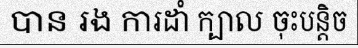
បាន រង ការដាំ ក្បាល ចុះបន្តិច